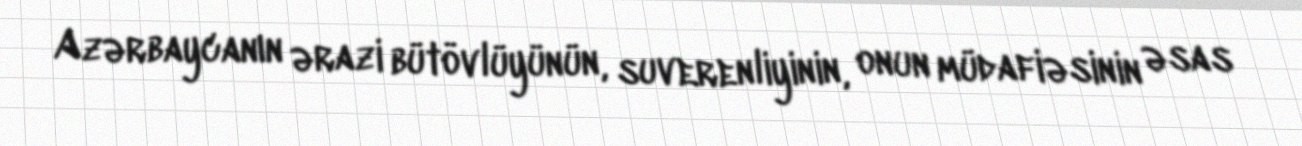
Azərbaycanın ərazi bütövlüyünün, suverenliyinin, onun müdafiəsinin əsas